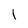
Character: I